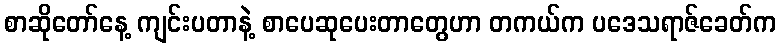
စာဆိုတော်နေ့ ကျင်းပတာနဲ့ စာပေဆုပေးတာတွေဟာ တကယ်က ပဒေသရာဇ်ခေတ်က